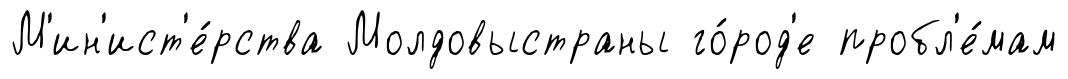
М'ин'ист'е́рства Молдовыстраны го́род'е пробл'е́мам